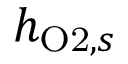
h _ { \mathrm { O 2 } , s }